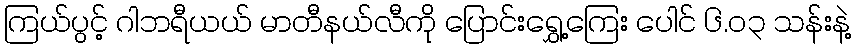
ကြယ်ပွင့် ဂါဘရီယယ် မာတီနယ်လီကို ပြောင်းရွှေ့ကြေး ပေါင် ၆.၀၃ သန်းနဲ့